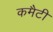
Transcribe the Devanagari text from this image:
कमैटी